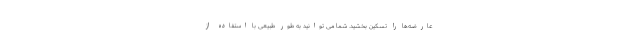
عارضه‌ها را تسکین بخشید. شما می توانید به طور طبیعی با استفاده از